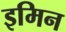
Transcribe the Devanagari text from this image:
इमिन